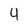
Character: 4